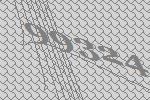
99324